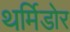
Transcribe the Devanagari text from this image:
थर्मिडोर